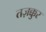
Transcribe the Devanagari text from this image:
तज़क्कुर